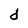
Character: d